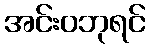
အင်းဝဘုရင်